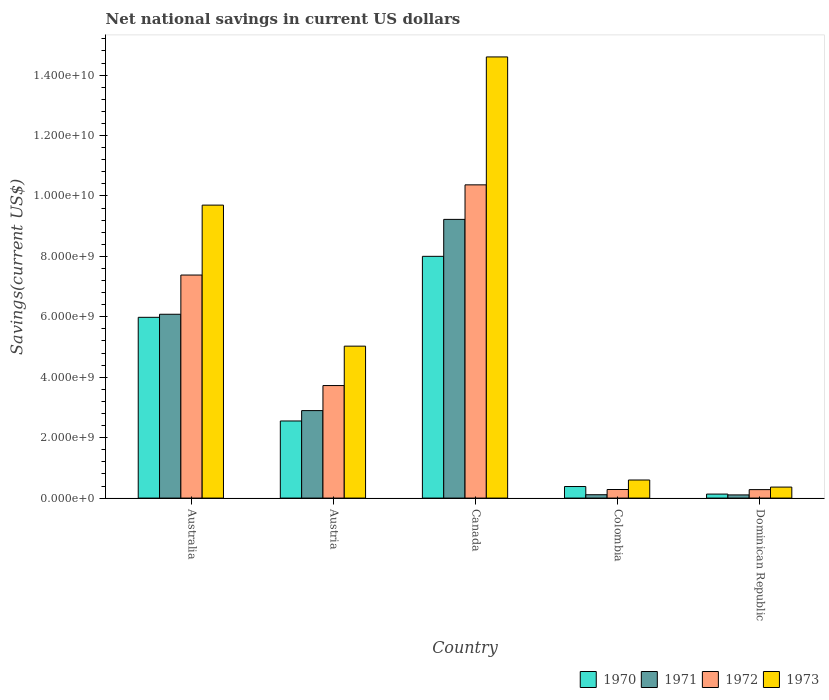
| Country | 1970 | 1971 | 1972 | 1973 |
 | --- | --- | --- | --- | --- |
 | Australia | 5.98e+09 | 6.09e+09 | 7.38e+09 | 9.7e+09 |
 | Austria | 2.55e+09 | 2.9e+09 | 3.73e+09 | 5.03e+09 |
 | Canada | 8e+09 | 9.23e+09 | 1.04e+10 | 1.46e+10 |
 | Colombia | 3.83e+08 | 1.11e+08 | 2.84e+08 | 5.98e+08 |
 | Dominican Republic | 1.33e+08 | 1.05e+08 | 2.8e+08 | 3.65e+08 |